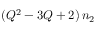
( Q ^ { 2 } - 3 Q + 2 ) \, n _ { 2 }